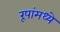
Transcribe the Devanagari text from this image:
रूपांमध्ये